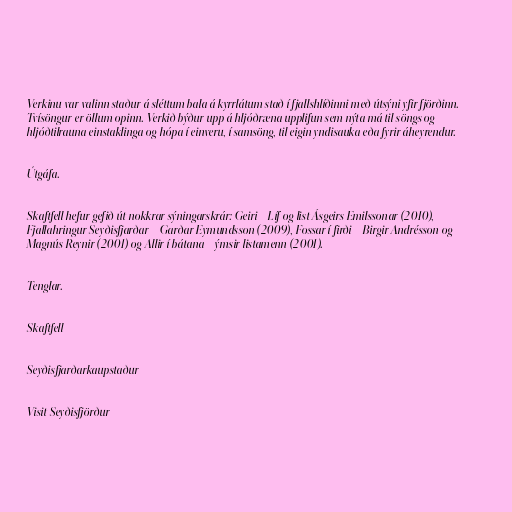
Verkinu var valinn staður á sléttum bala á kyrrlátum stað í fjallshlíðinni með útsýni yfir fjörðinn.
Tvísöngur er öllum opinn. Verkið býður upp á hljóðræna upplifun sem nýta má til söngs og
hljóðtilrauna einstaklinga og hópa í einveru, í samsöng, til eigin yndisauka eða fyrir áheyrendur.

Útgáfa.

Skaftfell hefur gefið út nokkrar sýningarskrár: Geiri – Líf og list Ásgeirs Emilssonar (2010),
Fjallahringur Seyðisfjarðar – Garðar Eymundsson (2009), Fossar í firði – Birgir Andrésson og
Magnús Reynir (2001) og Allir í bátana – ýmsir listamenn (2001).

Tenglar.

Skaftfell

Seyðisfjarðarkaupstaður

Visit Seyðisfjörður